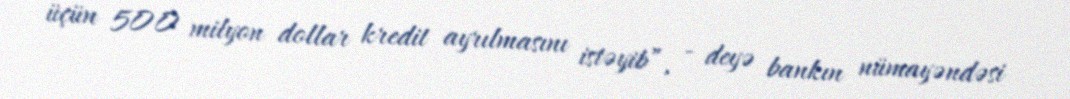
üçün 500 milyon dollar kredit ayrılmasını istəyib”, - deyə bankın nümayəndəsi